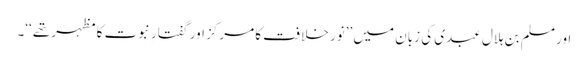
اور مسلم بن ہلال عبدی کی زبان میں ’’نور خلافت کا مرکز اور گفتارِ نبوت کا مظہر تھے‘‘۔